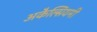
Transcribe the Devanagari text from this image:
अकैल्सियमी